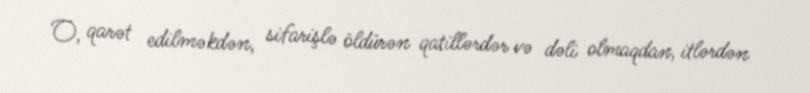
O, qarət edilməkdən, sifarişlə öldürən qatillərdər və dəli olmaqdan, itlərdən